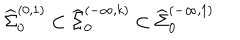
{ \widehat \Sigma } _ { 0 } ^ { ( 0 , 1 ) } \subset { \widehat \Sigma } _ { 0 } ^ { ( - \infty , k ) } \subset { \widehat \Sigma } _ { 0 } ^ { ( - \infty , 1 ) }